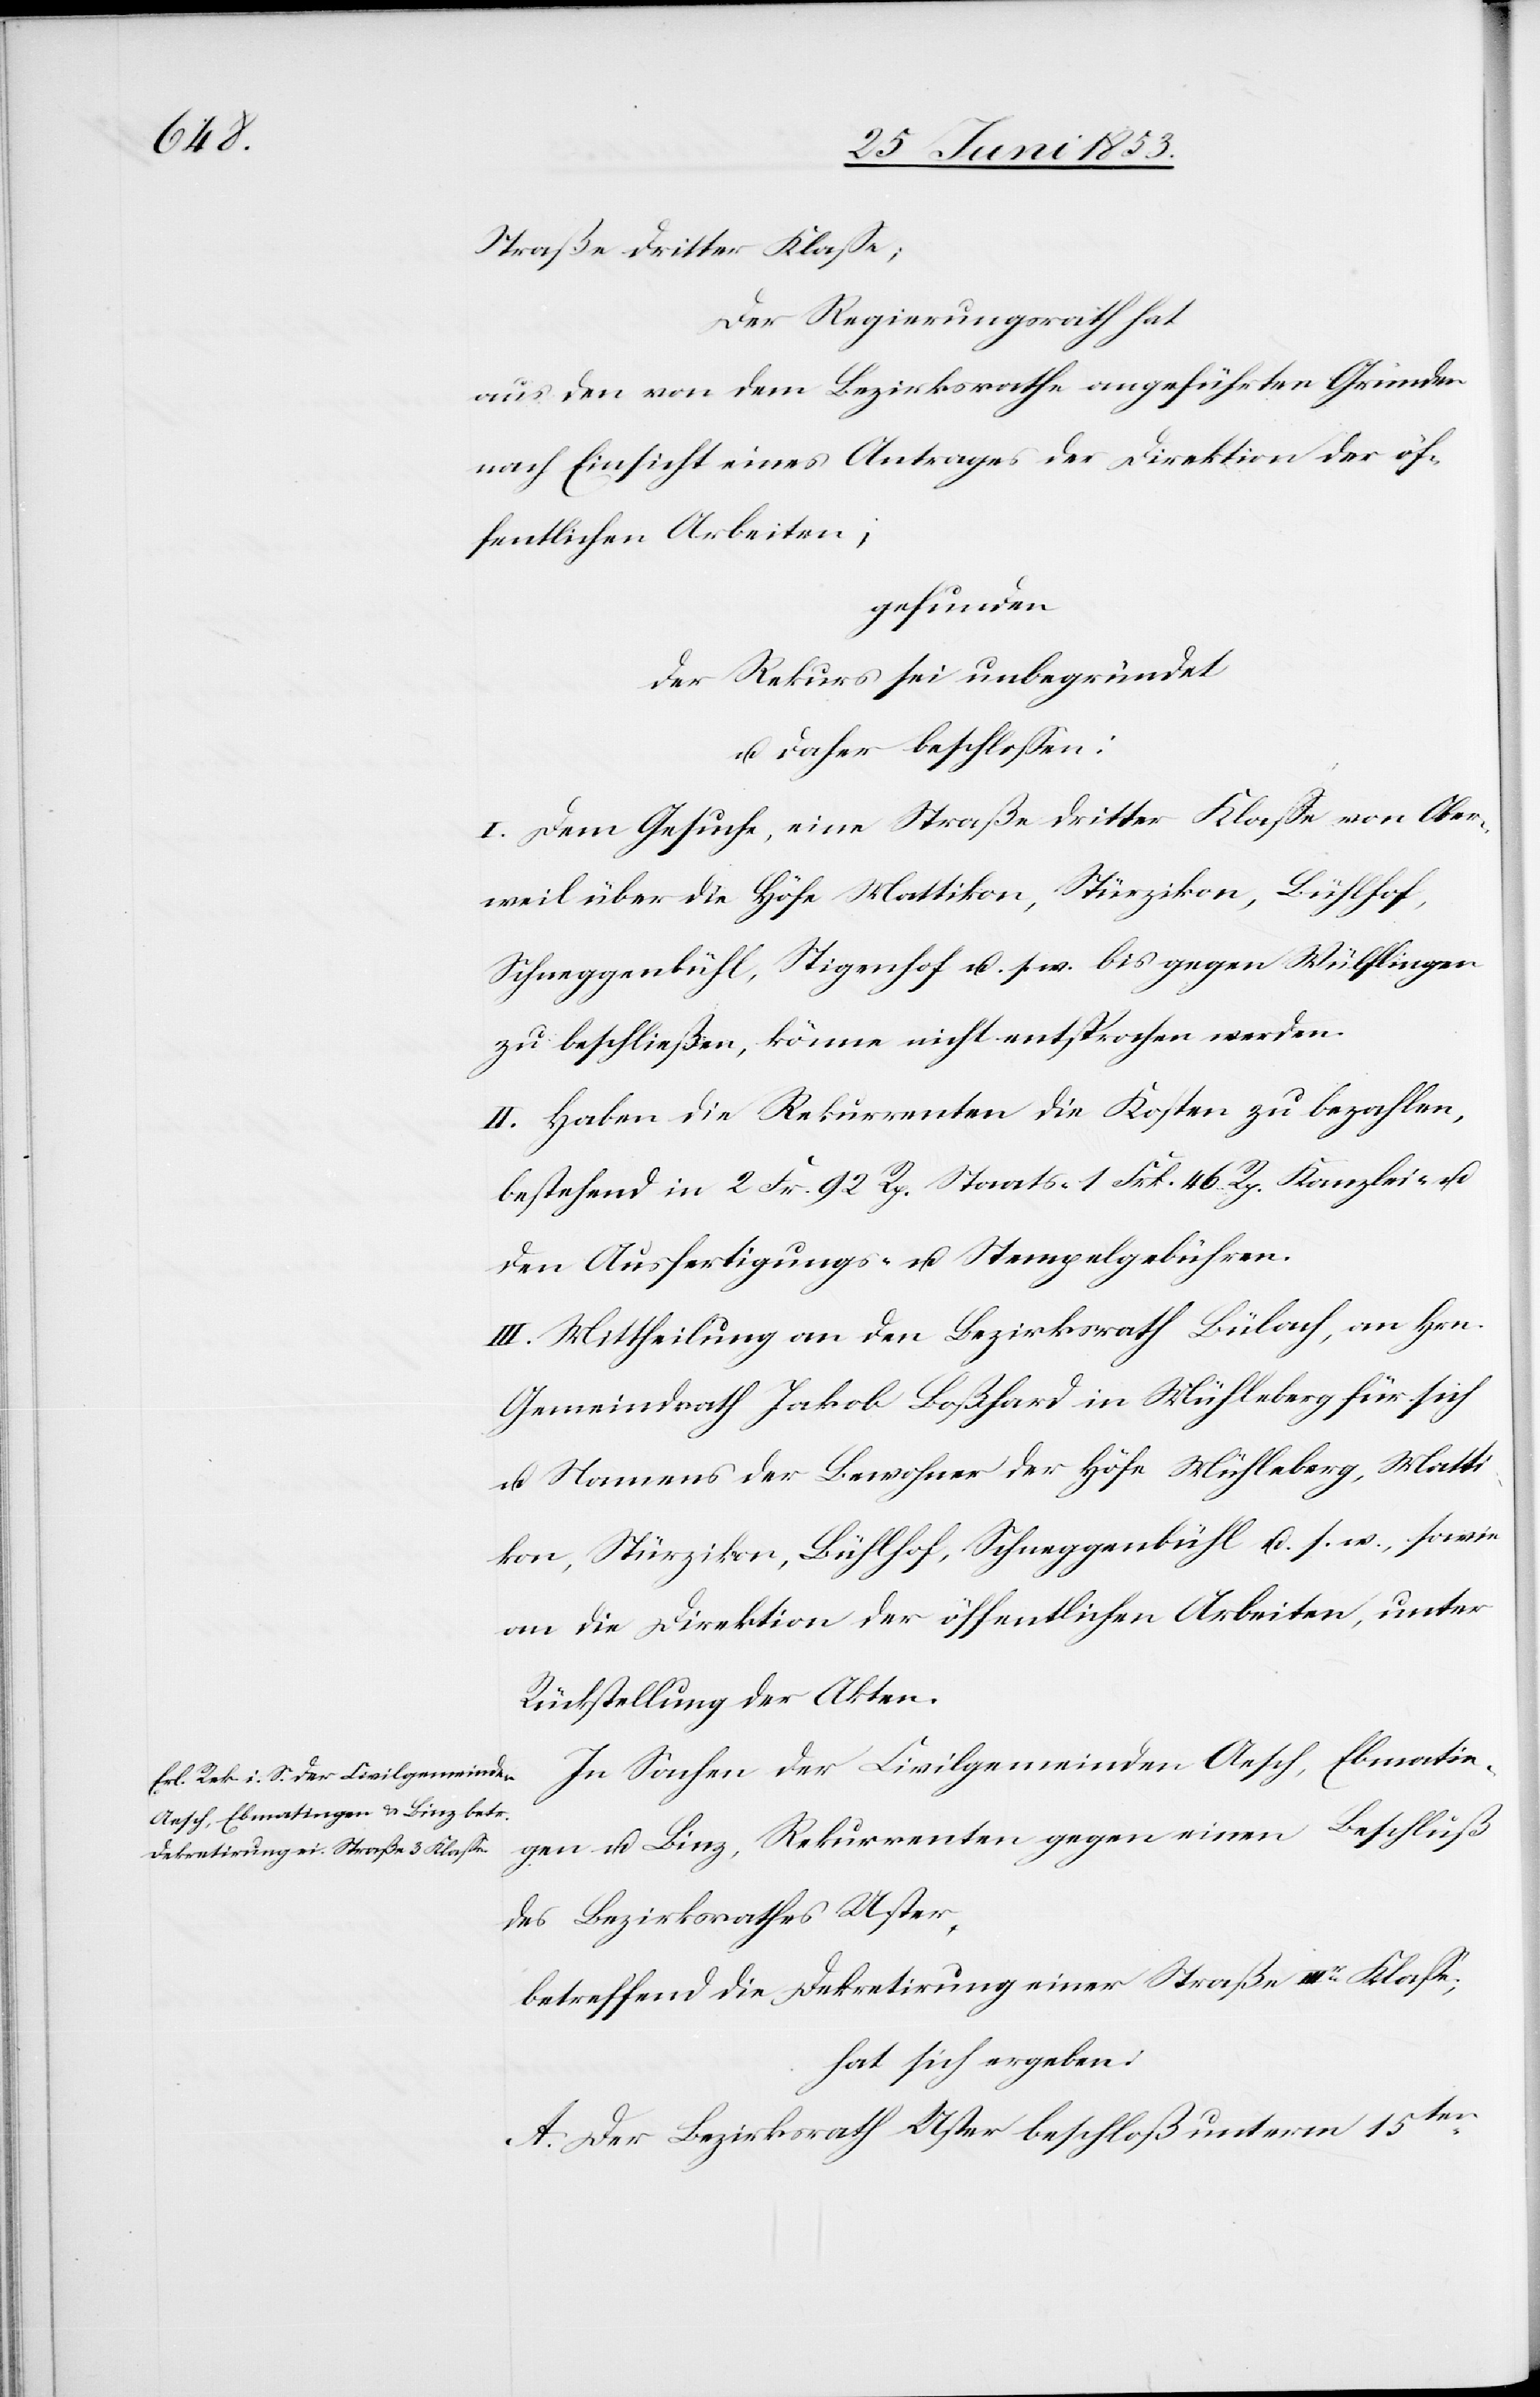
llung

Straße dritter Klaße;
Der Regierungsrath hat
aus den von dem Bezirksrathe angeführten Gründen
nach Einsicht eines Antrages der Direktion der öffe¬
gefunden
der Rekurs sei unbegründet
u. daher beschloßen:
I. Dem Gesuche, eine Straße dritter Klaße von Ober¬
weil über die Höfe Mattikon, Stürzikon, Bühlhof,
Schneggenbühl, Stigenhof u. s. w. bis gegen Wülflingen
zu beschließen, könne nicht entsprochen werden.
II. Haben die Rekurrenten die Kosten zu bezahlen,
bestehend in 2 Fr. 92 Rp. Staats- 1 Frk. 46 Rp. Kanzlei- u.
den Ausfertigungs- u. Stempelgebühren.
III. Mittheilung an den Bezirksrath Bülach, an Hrn.
Gemeindrath Jakob Boßhard in Mühlberg für sich
u. Namens der Bewohner der Höfe Mühleberg, Matti¬
kon, Stürzikon, Bühlhof, Schneggenbühl u. s. w., sowie
an die Direktion der öffentlichen, unter Rückste¬
In Sachen der Civilgemeinden Aesch, Ebmantin¬
gen u. Binz, Rekurrenten gegen einen Beschluß
des Bezirksrathes Uster,
betreffend die Dekretirung einer Straße IIIr. Klaße,
hat sich ergeben:
A. Der Bezirksrath Uster beschloß unterm 15ten.